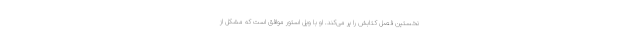
نخستین فصل کتابش را پر می‌کند. او با ویل استور موافق است که مشکل از